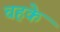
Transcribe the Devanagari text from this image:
चहके